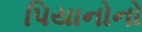
પિયાનોનો